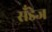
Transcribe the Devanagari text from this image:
सँडेज